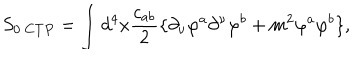
LaTeX: S _ { 0 \ C T P } = \int d ^ { 4 } x \frac { c _ { a b } } { 2 } \{ \partial _ { \nu } \varphi ^ { a } \partial ^ { \nu } \varphi ^ { b } + m ^ { 2 } \varphi ^ { a } \varphi ^ { b } \} ,